Indian journal of veterinary science and animal husbandry - Volumes 15-17, 1948-1951
Year: 1948
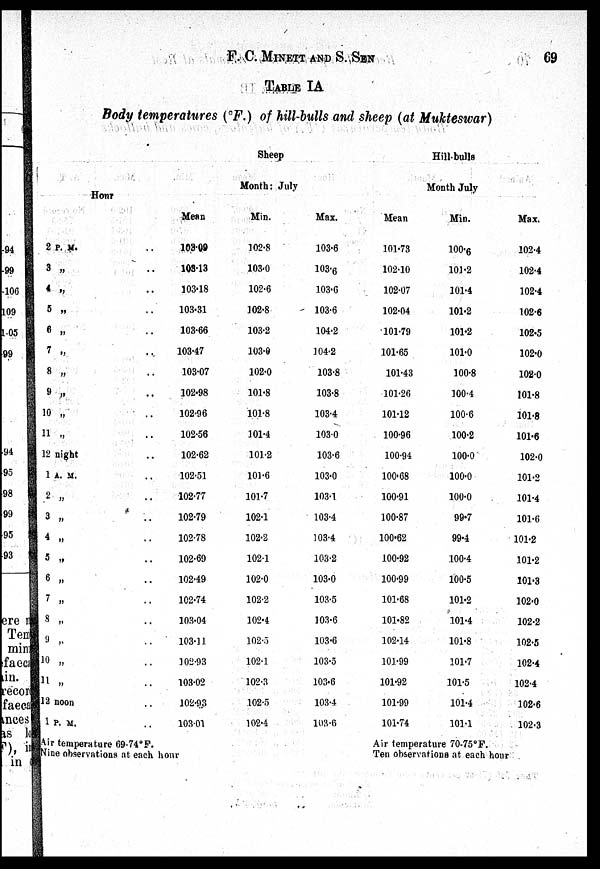
F. C. MINETT and S.
SEN
69
TABLE IA
Body temperatures (ºF.) of hill-bulls and sheep (at Mukteswar)
Sheep
Month: July
Hill.bulls
Month July
Honr
2 P. M. ..
3 „ ..
4 „ ..
5 „ ..
6 „ ..
7 „ ..
8 „ ..
9 „ ..
10 „ ..
11 „ ..
12 night ..
1 A. M. ..
2 „ ..
3 „ ..
4 „ ..
5 „ ..
6 „ ..
7 „ ..
8 „ ..
9 „ ..
10 „ ..
11 „ ..
12 noon ..
1 P. M. ..
Mean
103.09
103.13
303.18
103.31
103.66
103.47
103.07
102.98
102.96
102.56
102.62
102.51
102.77
102.79
102.78
102.69
102.49
102.74
103.04
103.11
102.93
103.02
102.93
103.01
Min.
102.8
103.0
102.6
102.8
103.2
103.0
102.0
101.8
101.8
101.4
101.2
101.6
101.7
102.1
102.2
102.1
102.0
102.2
102.4
102.5
102.1
102.3
102.5
102.4
Max.
103.6
103.6
103.6
103.6
104.2
104.2
103.8
103.8
103.4
103.0
103.6
103.0
103.1
103.4
103.4
103.2
103.0
103.5
103.6
103.6
103.5
103.6
103.4
103.6
Mean
101.73
102.10
102.07
102.04
101.79
101.65
101.43
101.26
101.12
100.96
100.94
100.68
100.91
100.87
100.62
100.92
100.99
101.68
101.82
102.14
101.99
101.92
101.99
101.74
Min.
100.6
101.2
101.4
101.2
101.2
101.0
100.8
100.4
100.6
100.2
100.0
100.0
100.0
99.7
99.4
100.4
100.5
101.2
101.4
101.8
101.7
101.5
101.4
101.1
Max.
102.4
102.4
102.4
102.6
102.5
102.0
102.0
101.8
101.8
101.6
102.0
101.2
101.4
101.6
101.2
101.2
101.3
102.0
102.2
102.5
102.4
102.4
102.6
102.3
Air temperature 69.74º F.
Nine observations at each hour
Air temperature 70.75ºF.
Ten observations at each hour